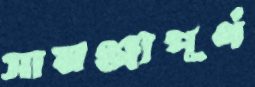
সামঞ্জ্যপূর্ণ